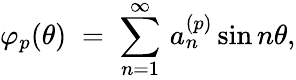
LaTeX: \varphi_{p}(\theta)\; =\; \sum_{n=1}^{\infty}\, a_{n}^{(p)}\sin{n\theta},